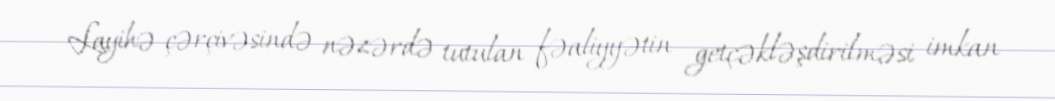
Layihə çərçivəsində nəzərdə tutulan fəaliyyətin getçəkləşdirilməsi imkan